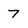
Character: 7